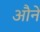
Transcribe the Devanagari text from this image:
औने